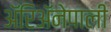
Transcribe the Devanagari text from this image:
ॲरिॲनेपाली